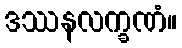
ဒဿနလက္ခဏံ။